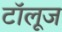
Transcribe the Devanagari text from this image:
टॉलूज